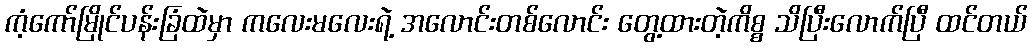
ကံ့ကော်မြိုင်ပန်းခြံထဲမှာ ကလေးမလေးရဲ့ အလောင်းတစ်လောင်း တွေ့ထားတဲ့ကိစ္စ သိပြီးလောက်ပြီ ထင်တယ်